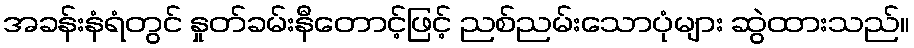
အခန်းနံရံတွင် နှုတ်ခမ်းနီတောင့်ဖြင့် ညစ်ညမ်းသောပုံများ ဆွဲထားသည်။